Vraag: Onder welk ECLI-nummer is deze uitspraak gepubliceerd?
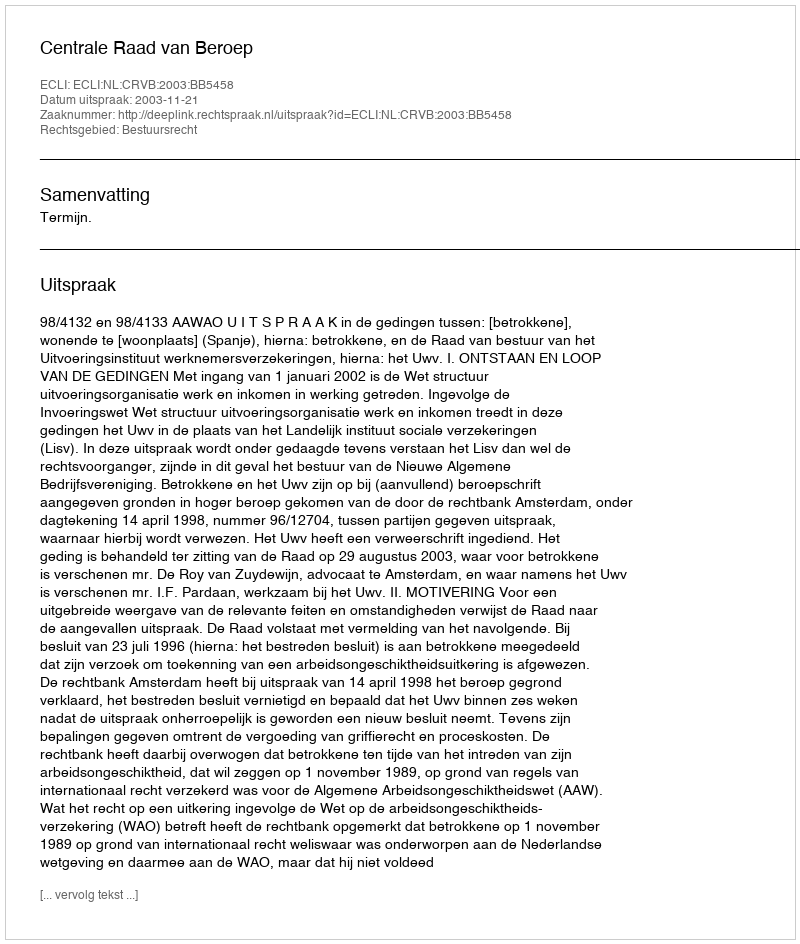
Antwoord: ECLI:NL:CRVB:2003:BB5458